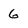
Character: 6